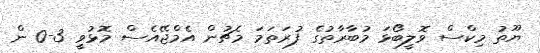
ޔޫތު މިކްސް ވޮލީބޯޅަ މުބާރާތުގެ ފުރަތަމަ މެޗުން އެމްޖޭއެސް މޮޅުވީ 3-0 ން